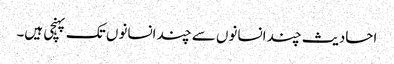
احادیث چند انسانوں سے چند انسانوں تک پہنچی ہیں۔